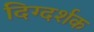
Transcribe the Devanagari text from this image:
दिग्‍दर्शक